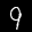
Label: 9